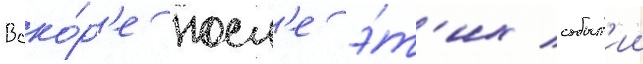
Вско́р'е посл'е э́т'их событ'ии